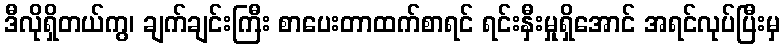
ဒီလိုရှိတယ်ကွ၊ ချက်ချင်းကြီး စာပေးတာထက်စာရင် ရင်းနှီးမှုရှိအောင် အရင်လုပ်ပြီးမှ